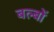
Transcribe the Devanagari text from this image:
बल्‍बों